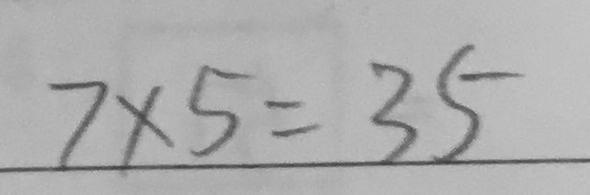
7 \times 5 = 3 5